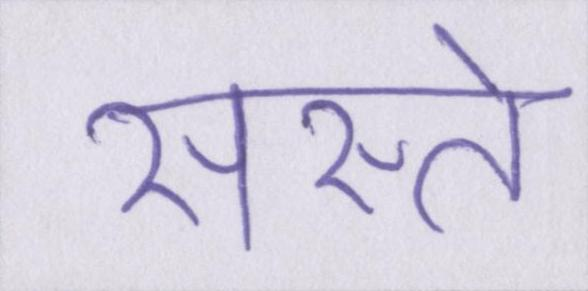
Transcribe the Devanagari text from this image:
सस्ते